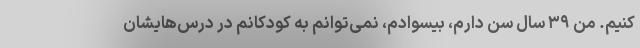
کنیم. من ۳۹ سال سن دارم، بیسوادم، نمی‌توانم به کودکانم در درس‌هایشان